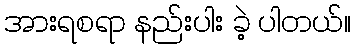
အားရစရာ နည်းပါး ခဲ့ ပါတယ်။